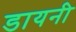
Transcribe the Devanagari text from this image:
डायनी